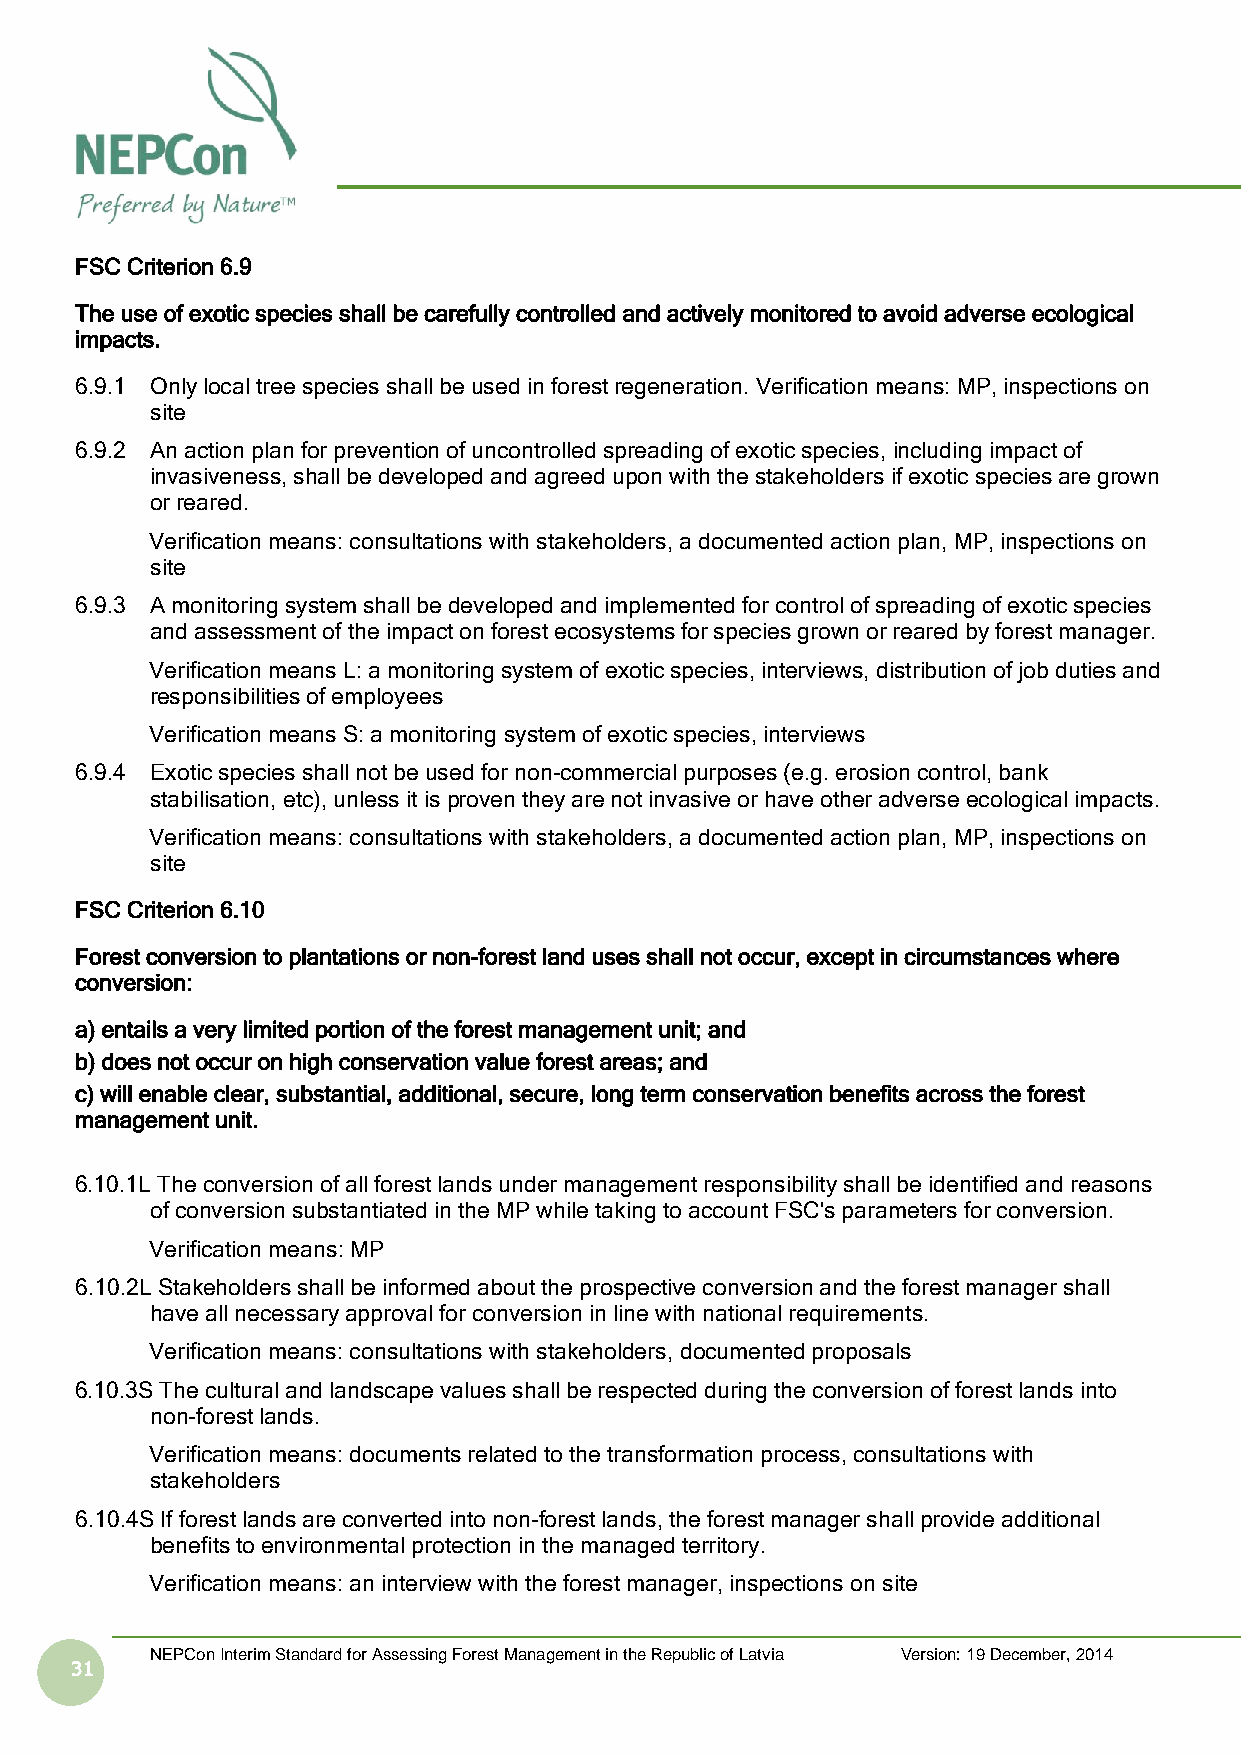
FSC Criterion 6.9
 The use of exotic species shall be carefully controlled and actively monitored to avoid adverse ecological
 impacts.
 6.9.1 Only local tree species shall be used in forest regeneration. Verification means: MP, inspections on
 site
 6.9.2 An action plan for prevention of uncontrolled spreading of exotic species, including impact of
 invasiveness, shall be developed and agreed upon with the stakeholders if exotic species are grown
 or reared.
 Verification means: consultations with stakeholders, a documented action plan, MP, inspections on
 site
 6.9.3 A monitoring system shall be developed and implemented for control of spreading of exotic species
 and assessment of the impact on forest ecosystems for species grown or reared by forest manager.
 Verification means L: a monitoring system of exotic species, interviews, distribution of job duties and
 responsibilities of employees
 Verification means S: a monitoring system of exotic species, interviews
 6.9.4 Exotic species shall not be used for non-commercial purposes (e.g. erosion control, bank
 stabilisation, etc), unless it is proven they are not invasive or have other adverse ecological impacts.
 Verification means: consultations with stakeholders, a documented action plan, MP, inspections on
 site
 FSC Criterion 6.10
 Forest conversion to plantations or non-forest land uses shall not occur, except in circumstances where
 conversion:
 a) entails a very limited portion of the forest management unit; and
 b) does not occur on high conservation value forest areas; and
 c) will enable clear, substantial, additional, secure, long term conservation benefits across the forest
 management unit.
 6.10.1L The conversion of all forest lands under management responsibility shall be identified and reasons
 of conversion substantiated in the MP while taking to account FSC's parameters for conversion.
 Verification means: MP
 6.10.2L Stakeholders shall be informed about the prospective conversion and the forest manager shall
 have all necessary approval for conversion in line with national requirements.
 Verification means: consultations with stakeholders, documented proposals
 6.10.3S The cultural and landscape values shall be respected during the conversion of forest lands into
 non-forest lands.
 Verification means: documents related to the transformation process, consultations with
 stakeholders
 6.10.4S If forest lands are converted into non-forest lands, the forest manager shall provide additional
 benefits to environmental protection in the managed territory.
 Verification means: an interview with the forest manager, inspections on site
 NEPCon Interim Standard for Assessing Forest Management in the Republic of Latvia Version: 19 December, 2014
 31